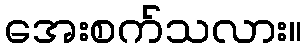
အေးစက်သလား။